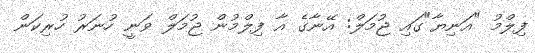
ފިލްމު "އަނިޔާ"ގައި ޖުމަލް: އޭނާގެ އާ ފިލްމުން ޖުމަލް ވަނީ ހުނަރު ހުރިކަން